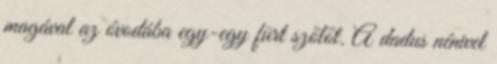
magával az óvodába egy-egy fürt szőlőt. A dadus nénivel